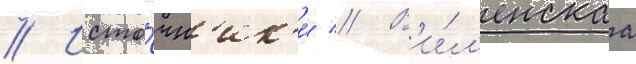
// Исто́чн'ик'и // В'и́л'енскаа